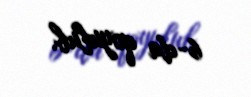
6-da qoyulub.